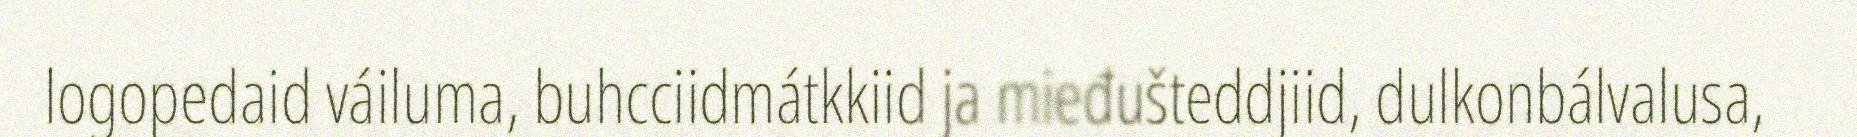
logopedaid váiluma, buhcciidmátkkiid ja mieđušteddjiid, dulkonbálvalusa,